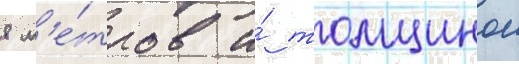
8 м'е́тров и́ толщинои